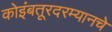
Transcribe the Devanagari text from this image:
कोइंबतूरदरम्यानचे